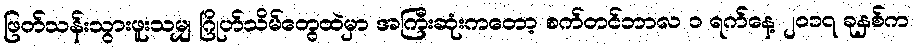
ဖြတ်သန်းသွားဖူးသမျှ ဂြိုဟ်သိမ်တွေထဲမှာ အကြီးဆုံးကတော့ စက်တင်ဘာလ ၁ ရက်နေ့ ၂၀၁၇ ခုနှစ်က